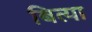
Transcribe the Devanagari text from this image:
बित्या